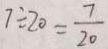
7 \div 2 0 = \frac { 7 } { 2 0 }